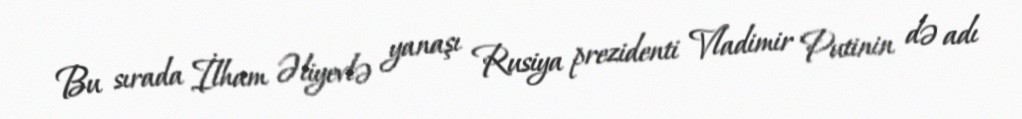
Bu sırada İlham Əliyevlə yanaşı Rusiya prezidenti Vladimir Putinin də adı